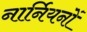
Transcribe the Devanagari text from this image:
नार्नियनों